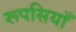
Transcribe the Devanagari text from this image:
रूपसियाँ